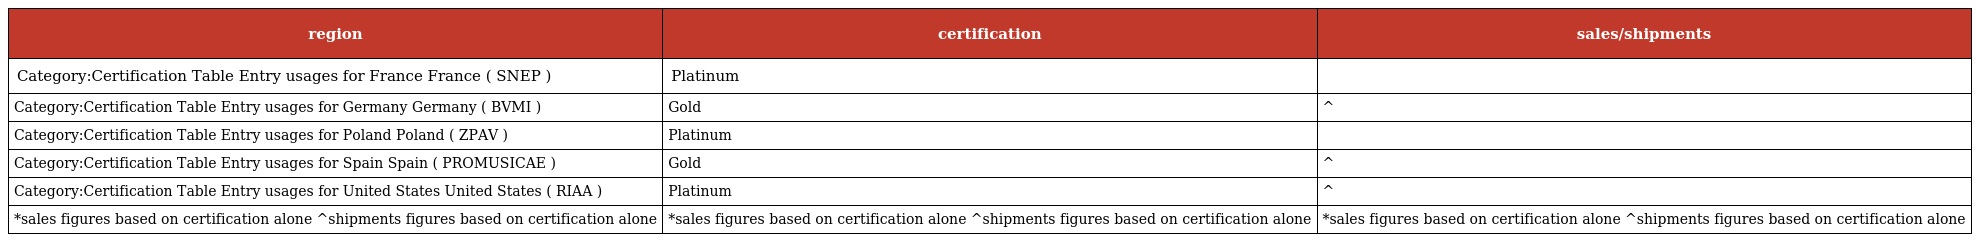
| region | certification | sales/shipments |
 | --- | --- | --- |
 | Category:Certification Table Entry usages for France France ( SNEP ) | Platinum |  |
 | Category:Certification Table Entry usages for Germany Germany ( BVMI ) | Gold | ^ |
 | Category:Certification Table Entry usages for Poland Poland ( ZPAV ) | Platinum |  |
 | Category:Certification Table Entry usages for Spain Spain ( PROMUSICAE ) | Gold | ^ |
 | Category:Certification Table Entry usages for United States United States ( RIAA ) | Platinum | ^ |
 | *sales figures based on certification alone ^shipments figures based on certification alone | *sales figures based on certification alone ^shipments figures based on certification alone | *sales figures based on certification alone ^shipments figures based on certification alone |